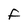
Character: F